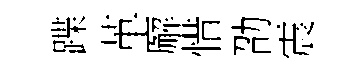
蹀革廨惜劭震